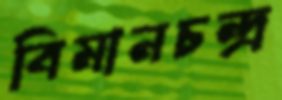
বিমানচন্দ্র